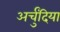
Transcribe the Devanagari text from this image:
अर्चुंदिया